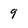
Character: 9